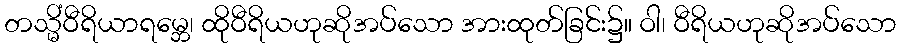
တသ္မိံဝီရိယာရမ္ဘေ၊ ထိုဝီရိယဟုဆိုအပ်သော အားထုတ်ခြင်း၌။ ဝါ၊ ဝီရိယဟုဆိုအပ်သော